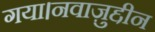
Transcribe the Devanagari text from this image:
गया।नवाज़ुद्दीन